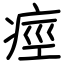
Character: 痙